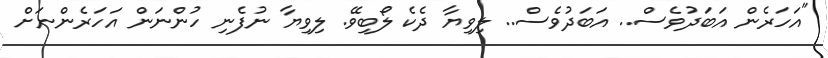
"އަހަރެން އަބަދުވެސް.. އަބަދުވެސް.. ލިވިޔާ ދެކެ ލޯބިވޭ. ލިވިޔާ ނުފެނި ހުންނަން އަހަރެންނަށް